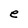
Character: e